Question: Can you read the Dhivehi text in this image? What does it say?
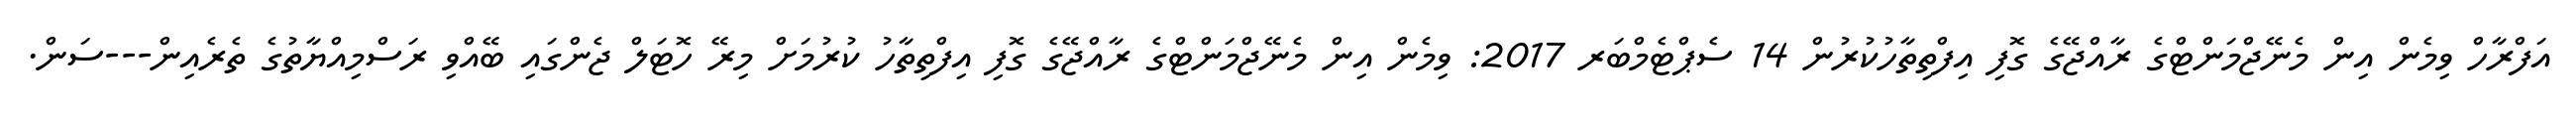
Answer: އަފްރާހް ވިމެން އިން މެނޭޖްމަންޓްގެ ރާއްޖޭގެ ގޮފި އިފްތިތާހުކުރުން 14 ސެޕްޓެމްބަރ 2017: ވިމެން އިން މެނޭޖްމަންޓްގެ ރާއްޖޭގެ ގޮފި އިފްތިތާހު ކުރުމަށް މިރޭ ހޮޓަލް ޖެންގައި ބޭއްވި ރަސްމިއްޔާތުގެ ތެރެއިން---ސަން.